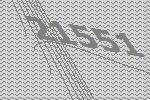
21551